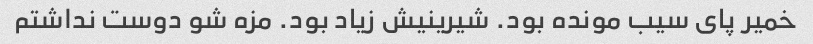
خمیر پای سیب مونده بود. شیرینیش زیاد بود. مزه شو دوست نداشتم